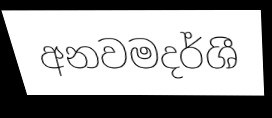
අනවමදර්ශී